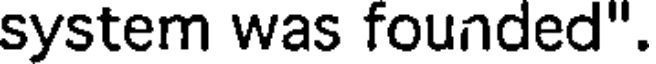
system was founded".